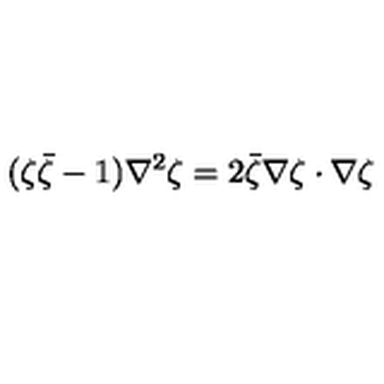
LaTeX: ( \zeta { \bar { \zeta } } - 1 ) \nabla ^ { 2 } \zeta = 2 { \bar { \zeta } } \nabla \zeta \cdot \nabla \zeta